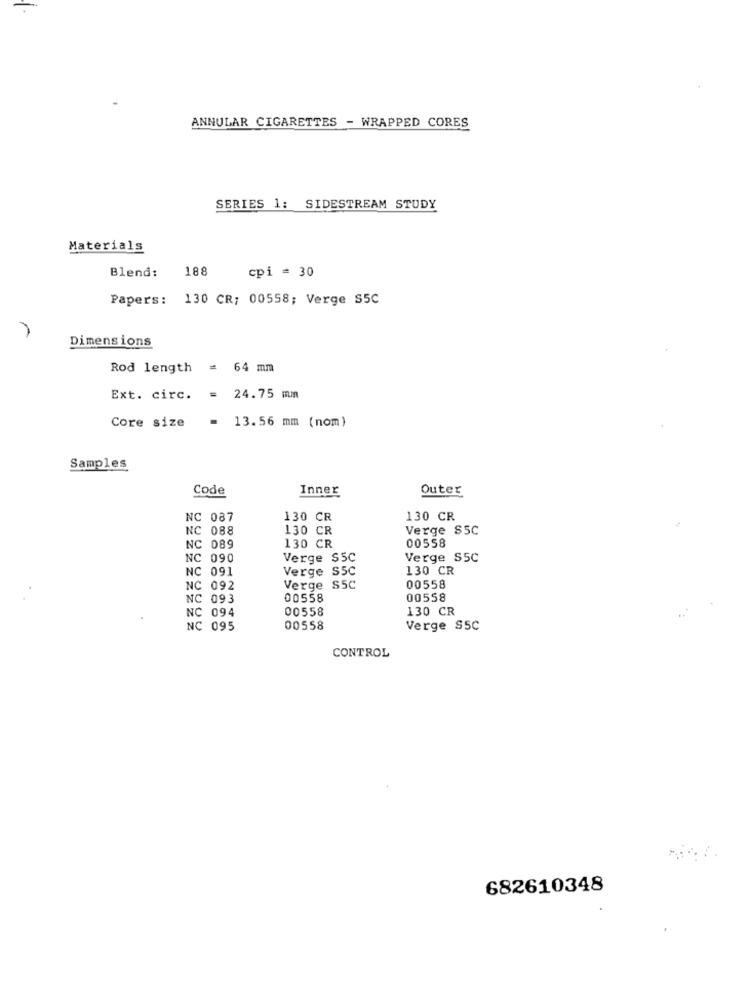
ANNULAR CIGARETTES - WRAPPED CORES
SERIES 1: SIDESTREAM STUDY
Materials
188
Blend:
cpi = 30
Papers: 130 CR; 00558; Verge S5C
Dimensions
Rod length = 64 mm
Ext. circ. = 24.75 mm
Core size
= 13.56 mm (nom)
Samples
Code
Inner
Outer
NC 087
130 CR
130 CR
NC 088
130 CR
Verge SSC
NC 089
130 CR
00558
NC 090
Verge $5C
Verge S5C
NC 091
Verge S5C
130 CR
NC 092
Verge S5C
00558
NC 093
00558
00558
00558
130 CR
NC 094
NC 095
00558
Verge SSC
CONTROL
682610348